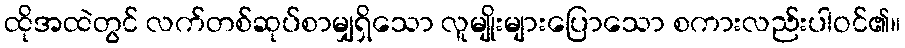
ထိုအထဲတွင် လက်တစ်ဆုပ်စာမျှရှိသော လူမျိုးများပြောသော စကားလည်းပါဝင်၏။